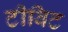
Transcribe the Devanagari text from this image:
टीबिट